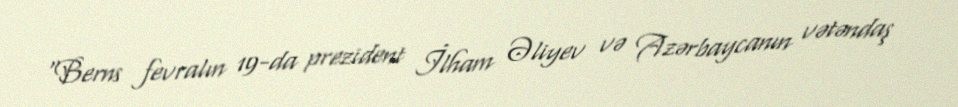
“Berns fevralın 19-da prezident İlham Əliyev və Azərbaycanın vətəndaş